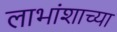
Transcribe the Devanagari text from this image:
लाभांशाच्या